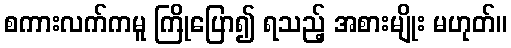
စကားလက်ကမူ ကြိုပြော၍ ရသည့် အစားမျိုး မဟုတ်။